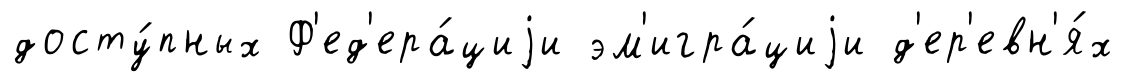
досту́пных Ф'ед'ера́циjи эм'игра́циjи д'ер'евн'я́х